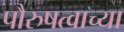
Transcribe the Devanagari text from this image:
पौरुषत्वाच्या